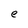
Character: e